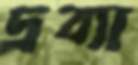
দ্রব্যা